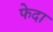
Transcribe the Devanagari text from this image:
फेदा